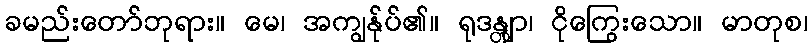
ခမည်းတော်ဘုရား။ မေ၊ အကျွန်ုပ်၏။ ရုဒန္တျာ၊ ငိုကြွေးသော။ မာတုစ၊